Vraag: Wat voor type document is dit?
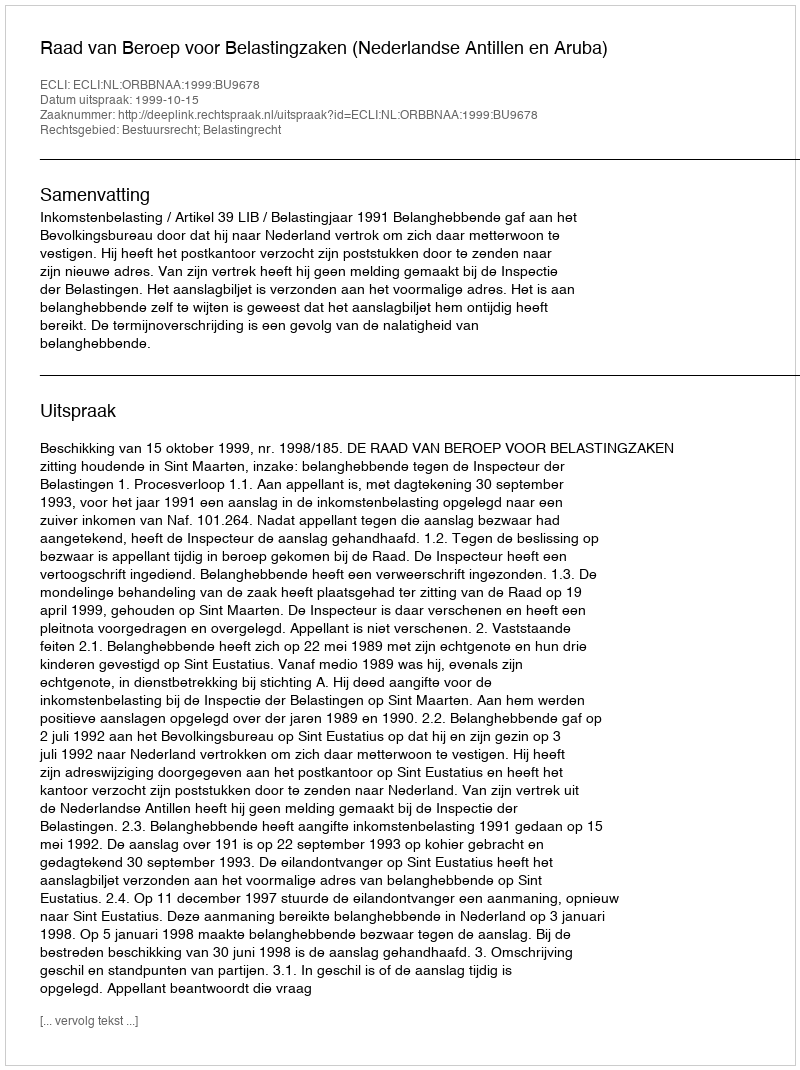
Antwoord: Uitspraak